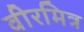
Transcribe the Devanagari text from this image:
वीरमित्र